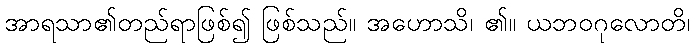
အာရသာ၏တည်ရာဖြစ်၍ ဖြစ်သည်။ အဟောသိ၊ ၏။ ယဘဝဂုလောတိ၊